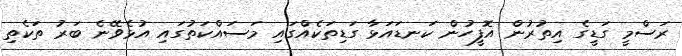
ރަސްމީ ގަޑީގެ އިތުރުން އޮފީހުން ކަނޑައަޅާ ގަޑިތަކެއްގައި މަސައްކަތުގައި އުޅެވޭނެ ބަރު ތަކެތި